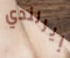
إيرلندي